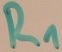
Text: R1